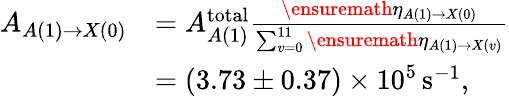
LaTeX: \begin{array}{rl}{A_{A(1)\rightarrow X(0)}}&{=A_{A(1)}^{\mathrm{total}}\frac{\ensuremath{\eta}_{A(1)\rightarrow X(0)}}{\sum_{v=0}^{11}\ensuremath{\eta}_{A(1)\rightarrow X(v)}}}\\ &{=(3.73\pm 0.37)\times 10^{5}\, \mathrm{s}^{-1},}\end{array}